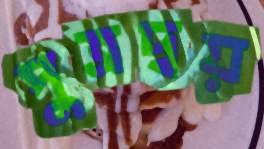
পুত্রদ্বয়